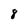
Character: 8